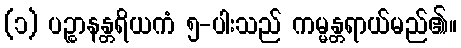
(၁) ပဉ္စာနန္တရိယကံ ၅-ပါးသည် ကမ္မန္တရာယ်မည်၏။